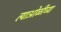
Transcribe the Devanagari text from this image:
त्याओळीच्या